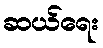
ဆယ်ရေး